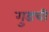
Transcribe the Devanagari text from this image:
गुडची